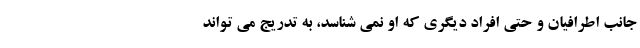
جانب اطرافیان‌ و حتی افراد دیگری که او نمی شناسد، به تدریج می تواند